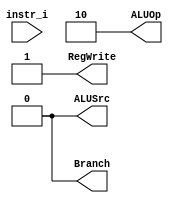
`timescale 1ns/1ps

module Decoder(
	input	[32-1:0] 	instr_i,
	output wire			ALUSrc,
	output wire			RegWrite,
	output wire			Branch,
	output wire [2-1:0]	ALUOp
	);
	
//Internal Signals
wire	[7-1:0]		opcode;
wire 	[3-1:0]		funct3;
wire 	[7-1:0]		funct7;
wire	[3-1:0]		Instr_field;
wire	[9-1:0]		Ctrl_o;

/* Write your code HERE */
assign opcode = instr_i[6:0];
assign funct3 = instr_i[14:12];
//assign funct7 = instr_i[31:25];
    // R-type
    assign ALUSrc = 1'b0;
    assign RegWrite = 1'b1;
    assign Branch = 1'b0;
    assign ALUOp = 2'b10;
    
endmodule